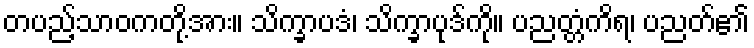
တပည့်သာဝကတို့အား။ သိက္ခာပဒံ၊ သိက္ခာပုဒ်ကို။ ပညတ္တံကိရ၊ ပညတ်၏